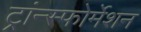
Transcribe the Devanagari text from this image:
ट्रांन्स्फोर्मेशन